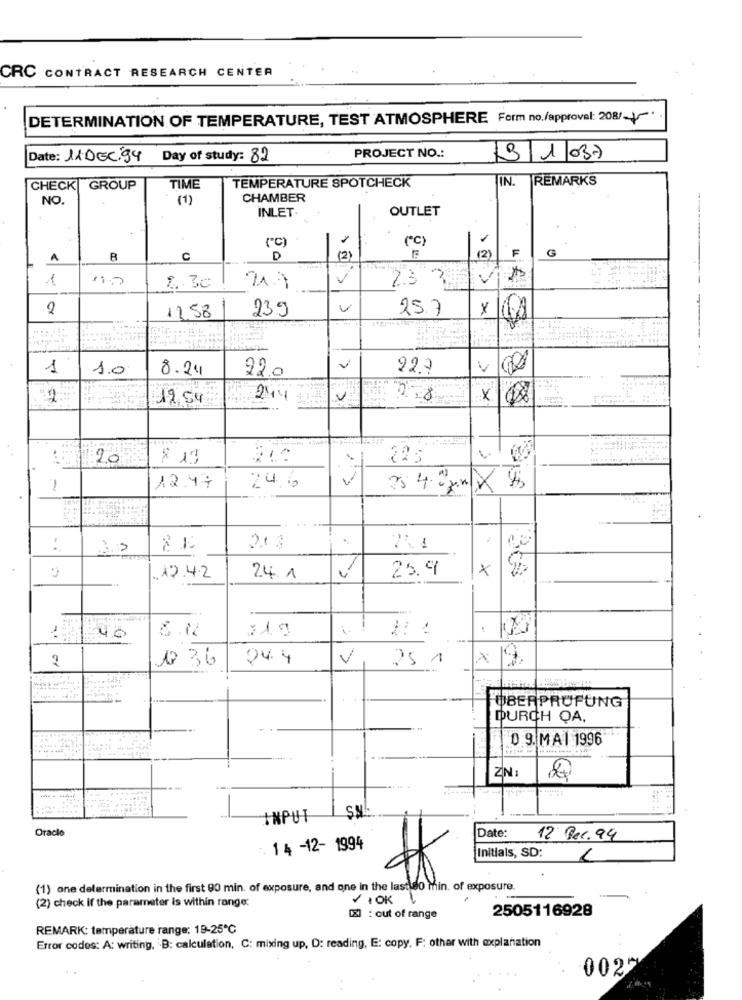
CRC CONTRACT RESEARCH CENTER
DETERMINATION OF TEMPERATURE, TEST ATMOSPHERE Form no./approval: 208/+5
Date: 11.DEC/94 Day of study: 82
PROJECT NO .:
3 1/037
IN. REMARKS
CHECK
GROUP
TIME
TEMPERATURE SPOTCHECK
NO.
(1)
CHAMBER
INLET.
OUTLET
(C)
(C)
F
G
A
B
C
D
(2)
(2)
1
2. 3c
21.7
-
2.3 3
2
V
25.7
12.58
239
1
1.0
8.24
22.0
V
22.7
V
12,54
244
X
20
$ 17
225
12.47
24.6
.
2.13
741
.19.4.2
25.9
×
24.1
8.12
-
40
0 36
24.4
V
25 1
X
ÜBERPRÜFUNG
DURCH QA,
0 9. MAI 1996
ZN:
INPUT
Oracle
Date:
12 Rec. 94
1 4 -12- 1994
Initials, SD:
(1) one determination in the first 90 min. of exposure, and one in the last so min. of exposure
(2) check if the parameter is within range:
VIOK
2505116928
[X] : out of range
REMARK: temperature range: 19-25℃
Error codes: A: writing, B: calculation, C: mixing up, D: reading, E: copy, F: other with explanation
002-